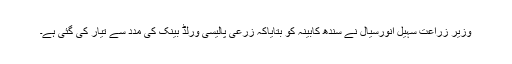
وزیر زراعت سہیل انورسیال نے سندھ کابینہ کو بتایاکہ زرعی پالیسی ورلڈ بینک کی مدد سے تیار کی گئی ہے۔